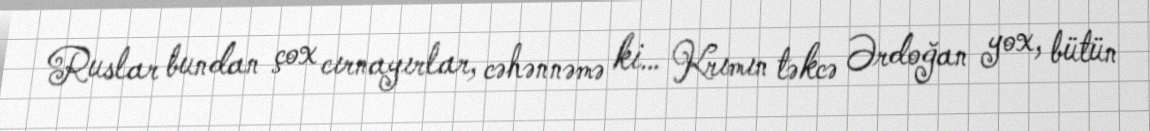
Ruslar bundan çox cırnayırlar, cəhənnəmə ki… Krımın təkcə Ərdoğan yox, bütün